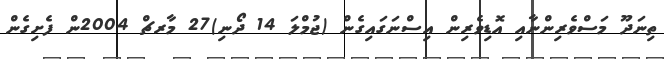
ތިނަދޫ މަސްވެރިންނާއި އޮޑިވެރިން އިސްނަގައިގެން (ޖުމްލަ 14 ދޯނި)27 މާރޗް 2004ން ފެށިގެން